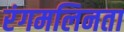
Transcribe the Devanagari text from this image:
रंगमलिनता